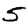
Digit: 5